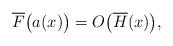
LaTeX: \begin{align*}\overline F\big(a(x)\big)=O\big(\overline H(x)\big),\end{align*}